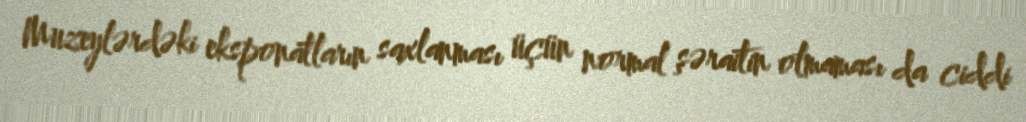
Muzeylərdəki eksponatların saxlanması üçün normal şəraitin olmaması da ciddi